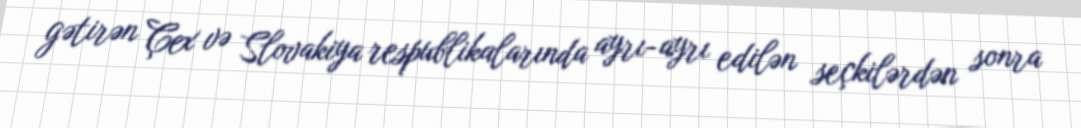
gətirən Çex və Slovakiya respublikalarında ayrı-ayrı edilən seçkilərdən sonra